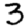
Digit: 3